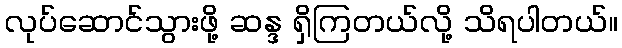
လုပ်ဆောင်သွားဖို့ ဆန္ဒ ရှိကြတယ်လို့ သိရပါတယ်။